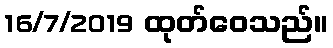
16/7/2019 ထုတ်ဝေသည်။